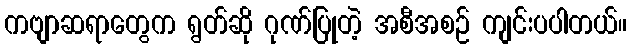
ကဗျာဆရာတွေက ရွတ်ဆို ဂုဏ်ပြုတဲ့ အစီအစဉ် ကျင်းပပါတယ်။